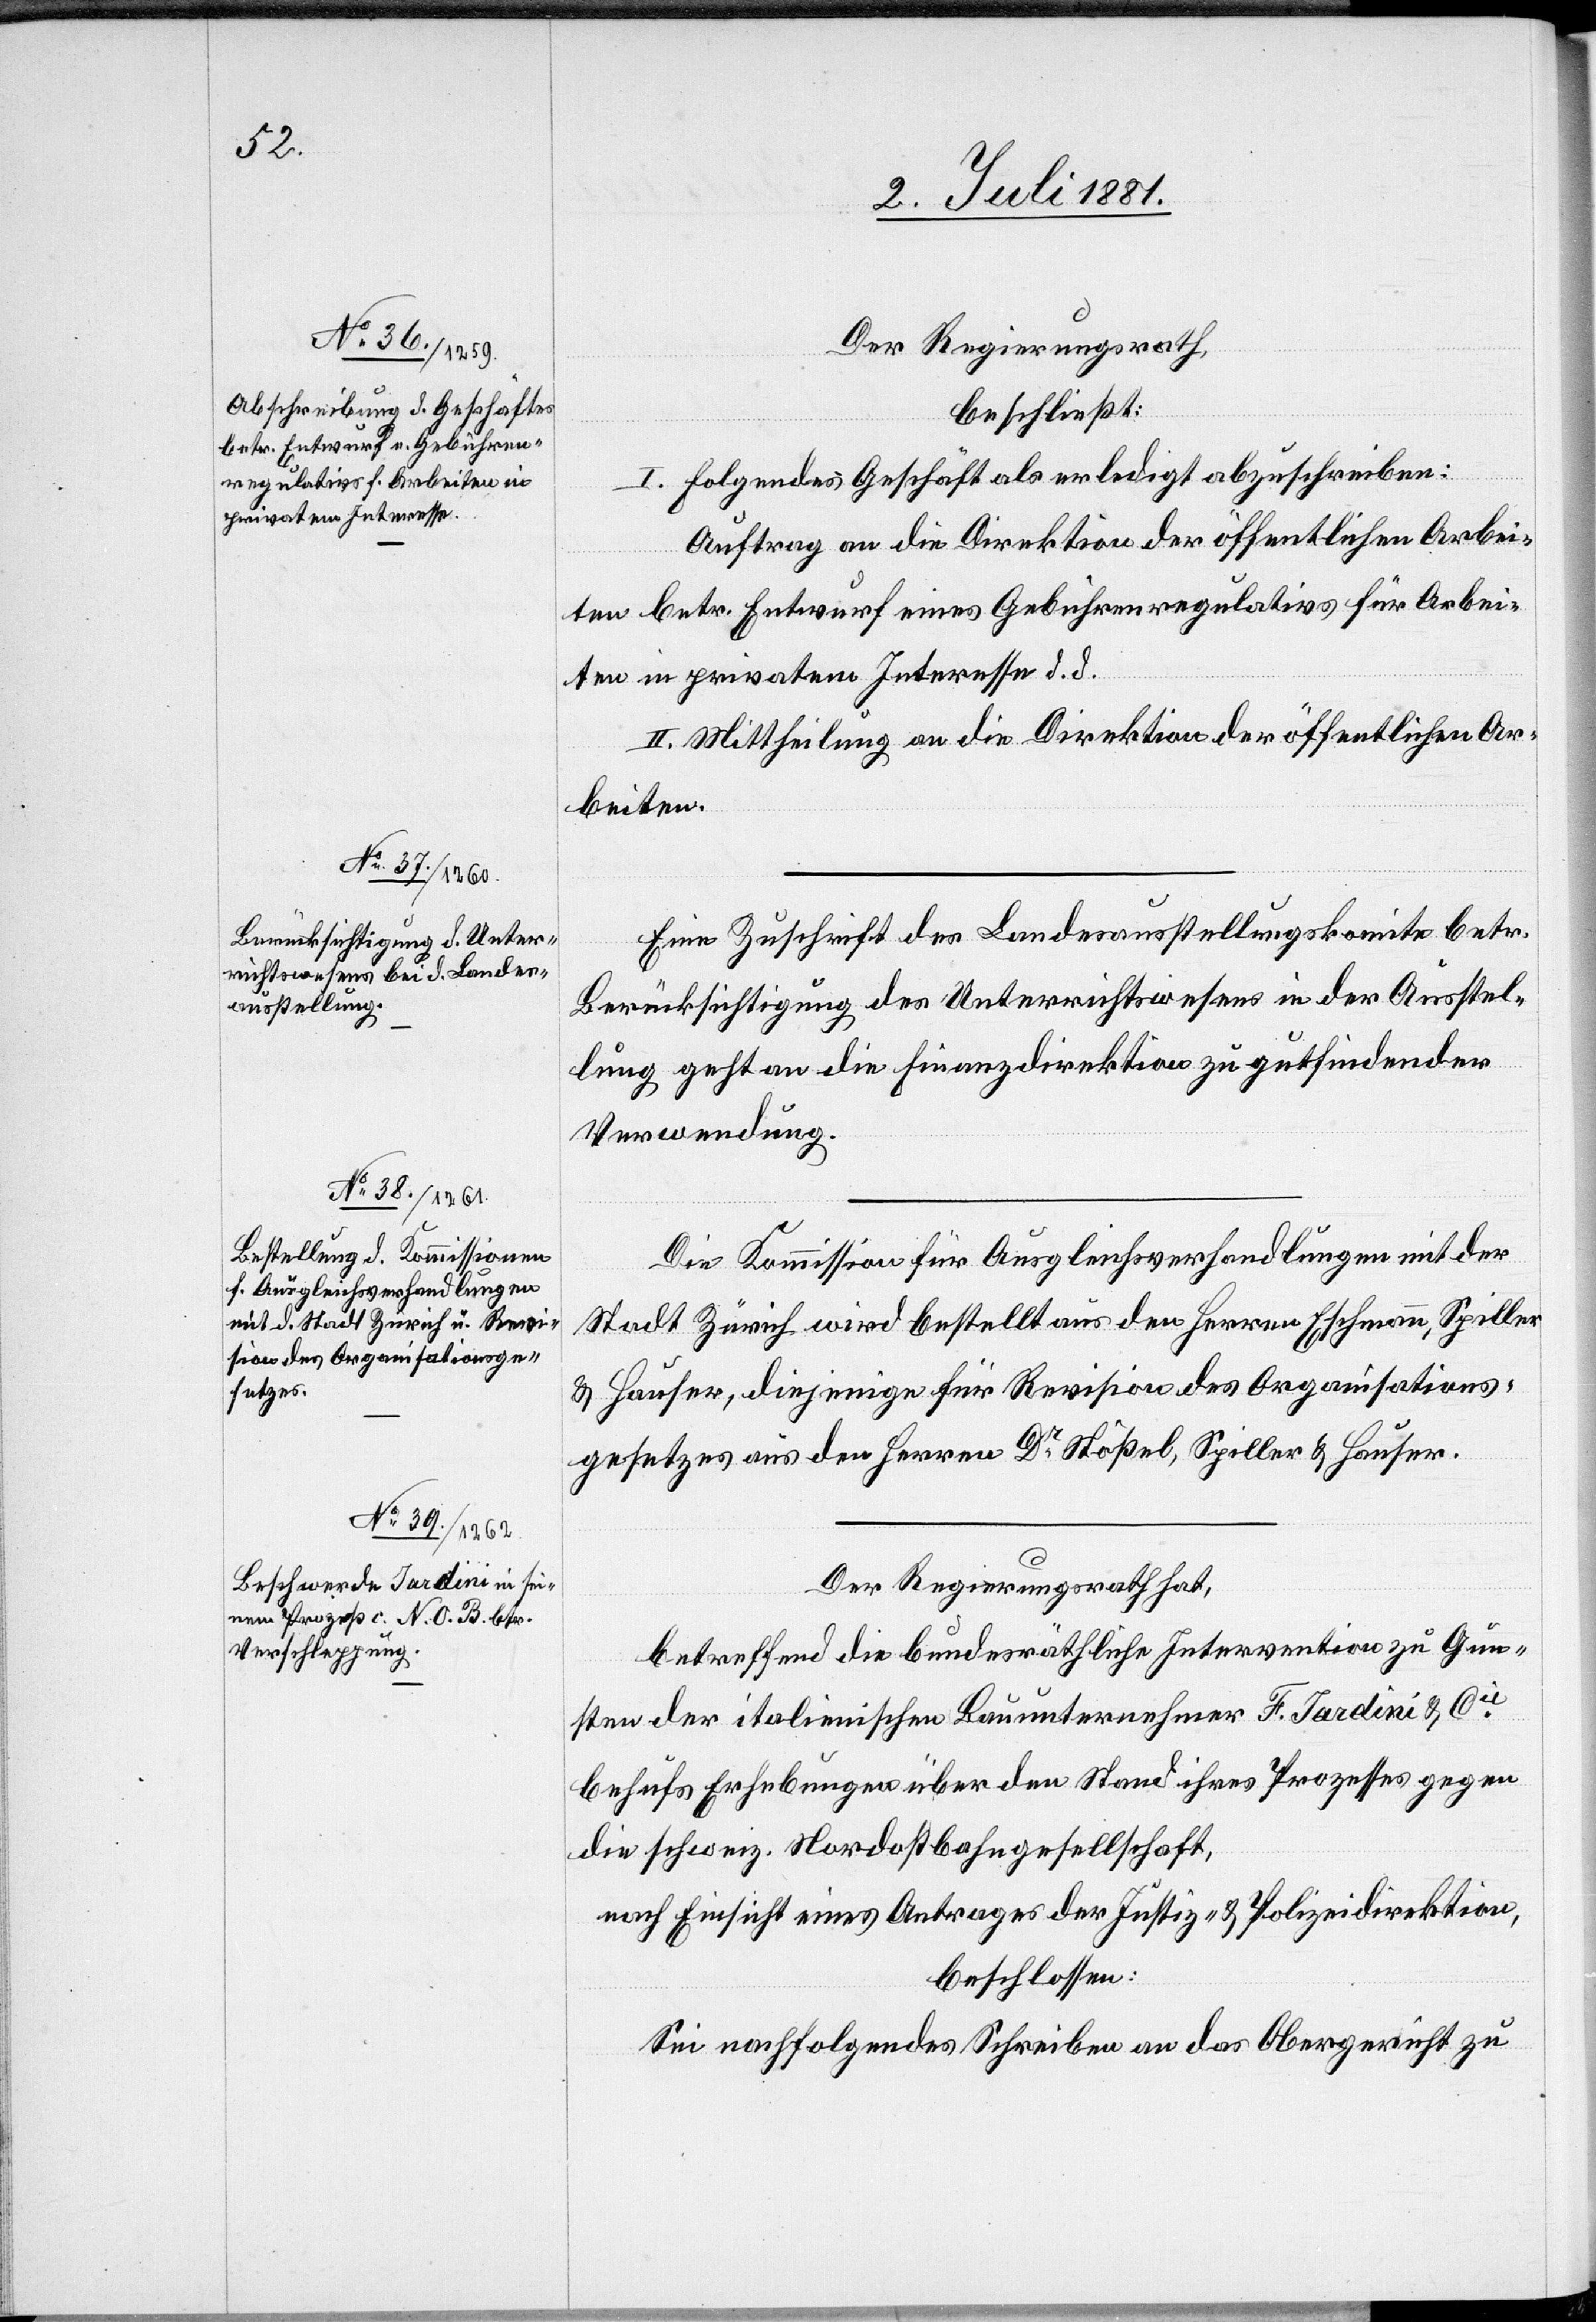
Der Regierungsrath,
beschließt:
I. Folgendes Geschäft als erledigt abzuschreiben:
Auftrag an die Direktion der öffentlichen Arbei¬
ten betr. Entwurf eines Gebührenregulativs für Arbei¬
ten in privatem Interesse d. d.
II. Mittheilung an die Direktion der öffentlichen Ar¬
beiten.
Eine Zuschrift des Landesausstellungskomite betr.
Berücksichtigung des Unterrichtswesens in der Ausstel¬
lung geht an die Finanzdirektion zu gutfindender
Verwendung.
Die Kommission für Ausgleichsverhandlungen mit der
Stadt Zürich wird bestellt aus den Herren Eschmann, Spiller
& Hauser, diejenige für Revision des Organisations¬
gesetzes aus den Herren Dr Stößel, Spiller & Hauser.
Der Regierungsrath hat,
betreffend die bundesräthliche Intervention zu Gun¬
sten der italienischen Bauunternehmer F. Jardini & Cie
behufs Erhebungen über den Stand ihres Prozesses gegen
die schweiz. Nordostbahngesellschaft,
nach Einsicht eines Antrages der Justiz- & Polizeidirektion,
beschlossen:
Sei nachfolgendes Schreiben an das Obergericht zu